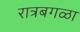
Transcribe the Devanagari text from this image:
रात्रबगळा